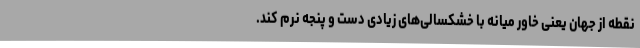
نقطه از جهان یعنی خاور میانه با خشکسالی‌های زیادی دست و پنجه نرم کند.